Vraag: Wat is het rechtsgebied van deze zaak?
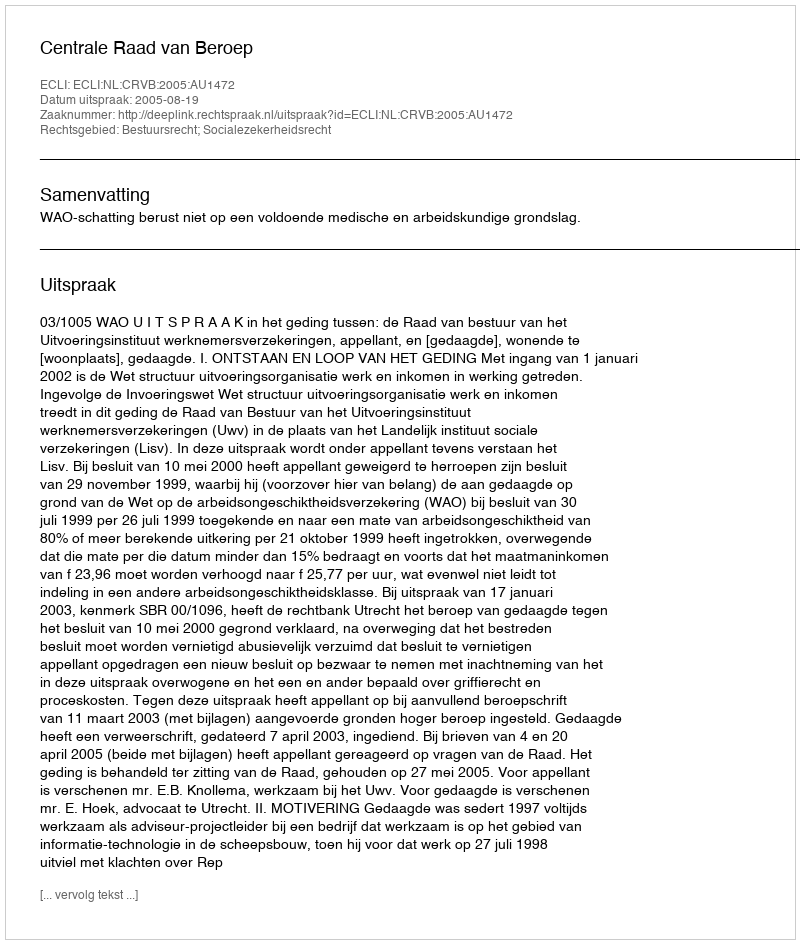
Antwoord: Bestuursrecht; Socialezekerheidsrecht